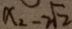
x _ { 2 } - 2 \sqrt { 2 }